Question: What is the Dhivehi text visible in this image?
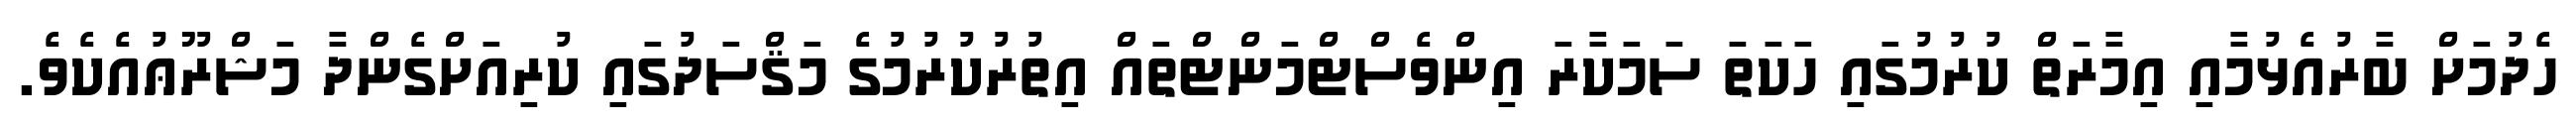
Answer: ހެދުމަށް ބާރުއެޅުމާއި އިމާރަތް ކުރުމުގައި ހަކަތަ ސަމަކާރަ އިންވެސްޓްމަންޓްތައް އިތުރުކުރުމުގެ މަޤްސަދުގައި ކުރިއަށްގެންދާ މަޝްރޫޢުއެކެވެ.